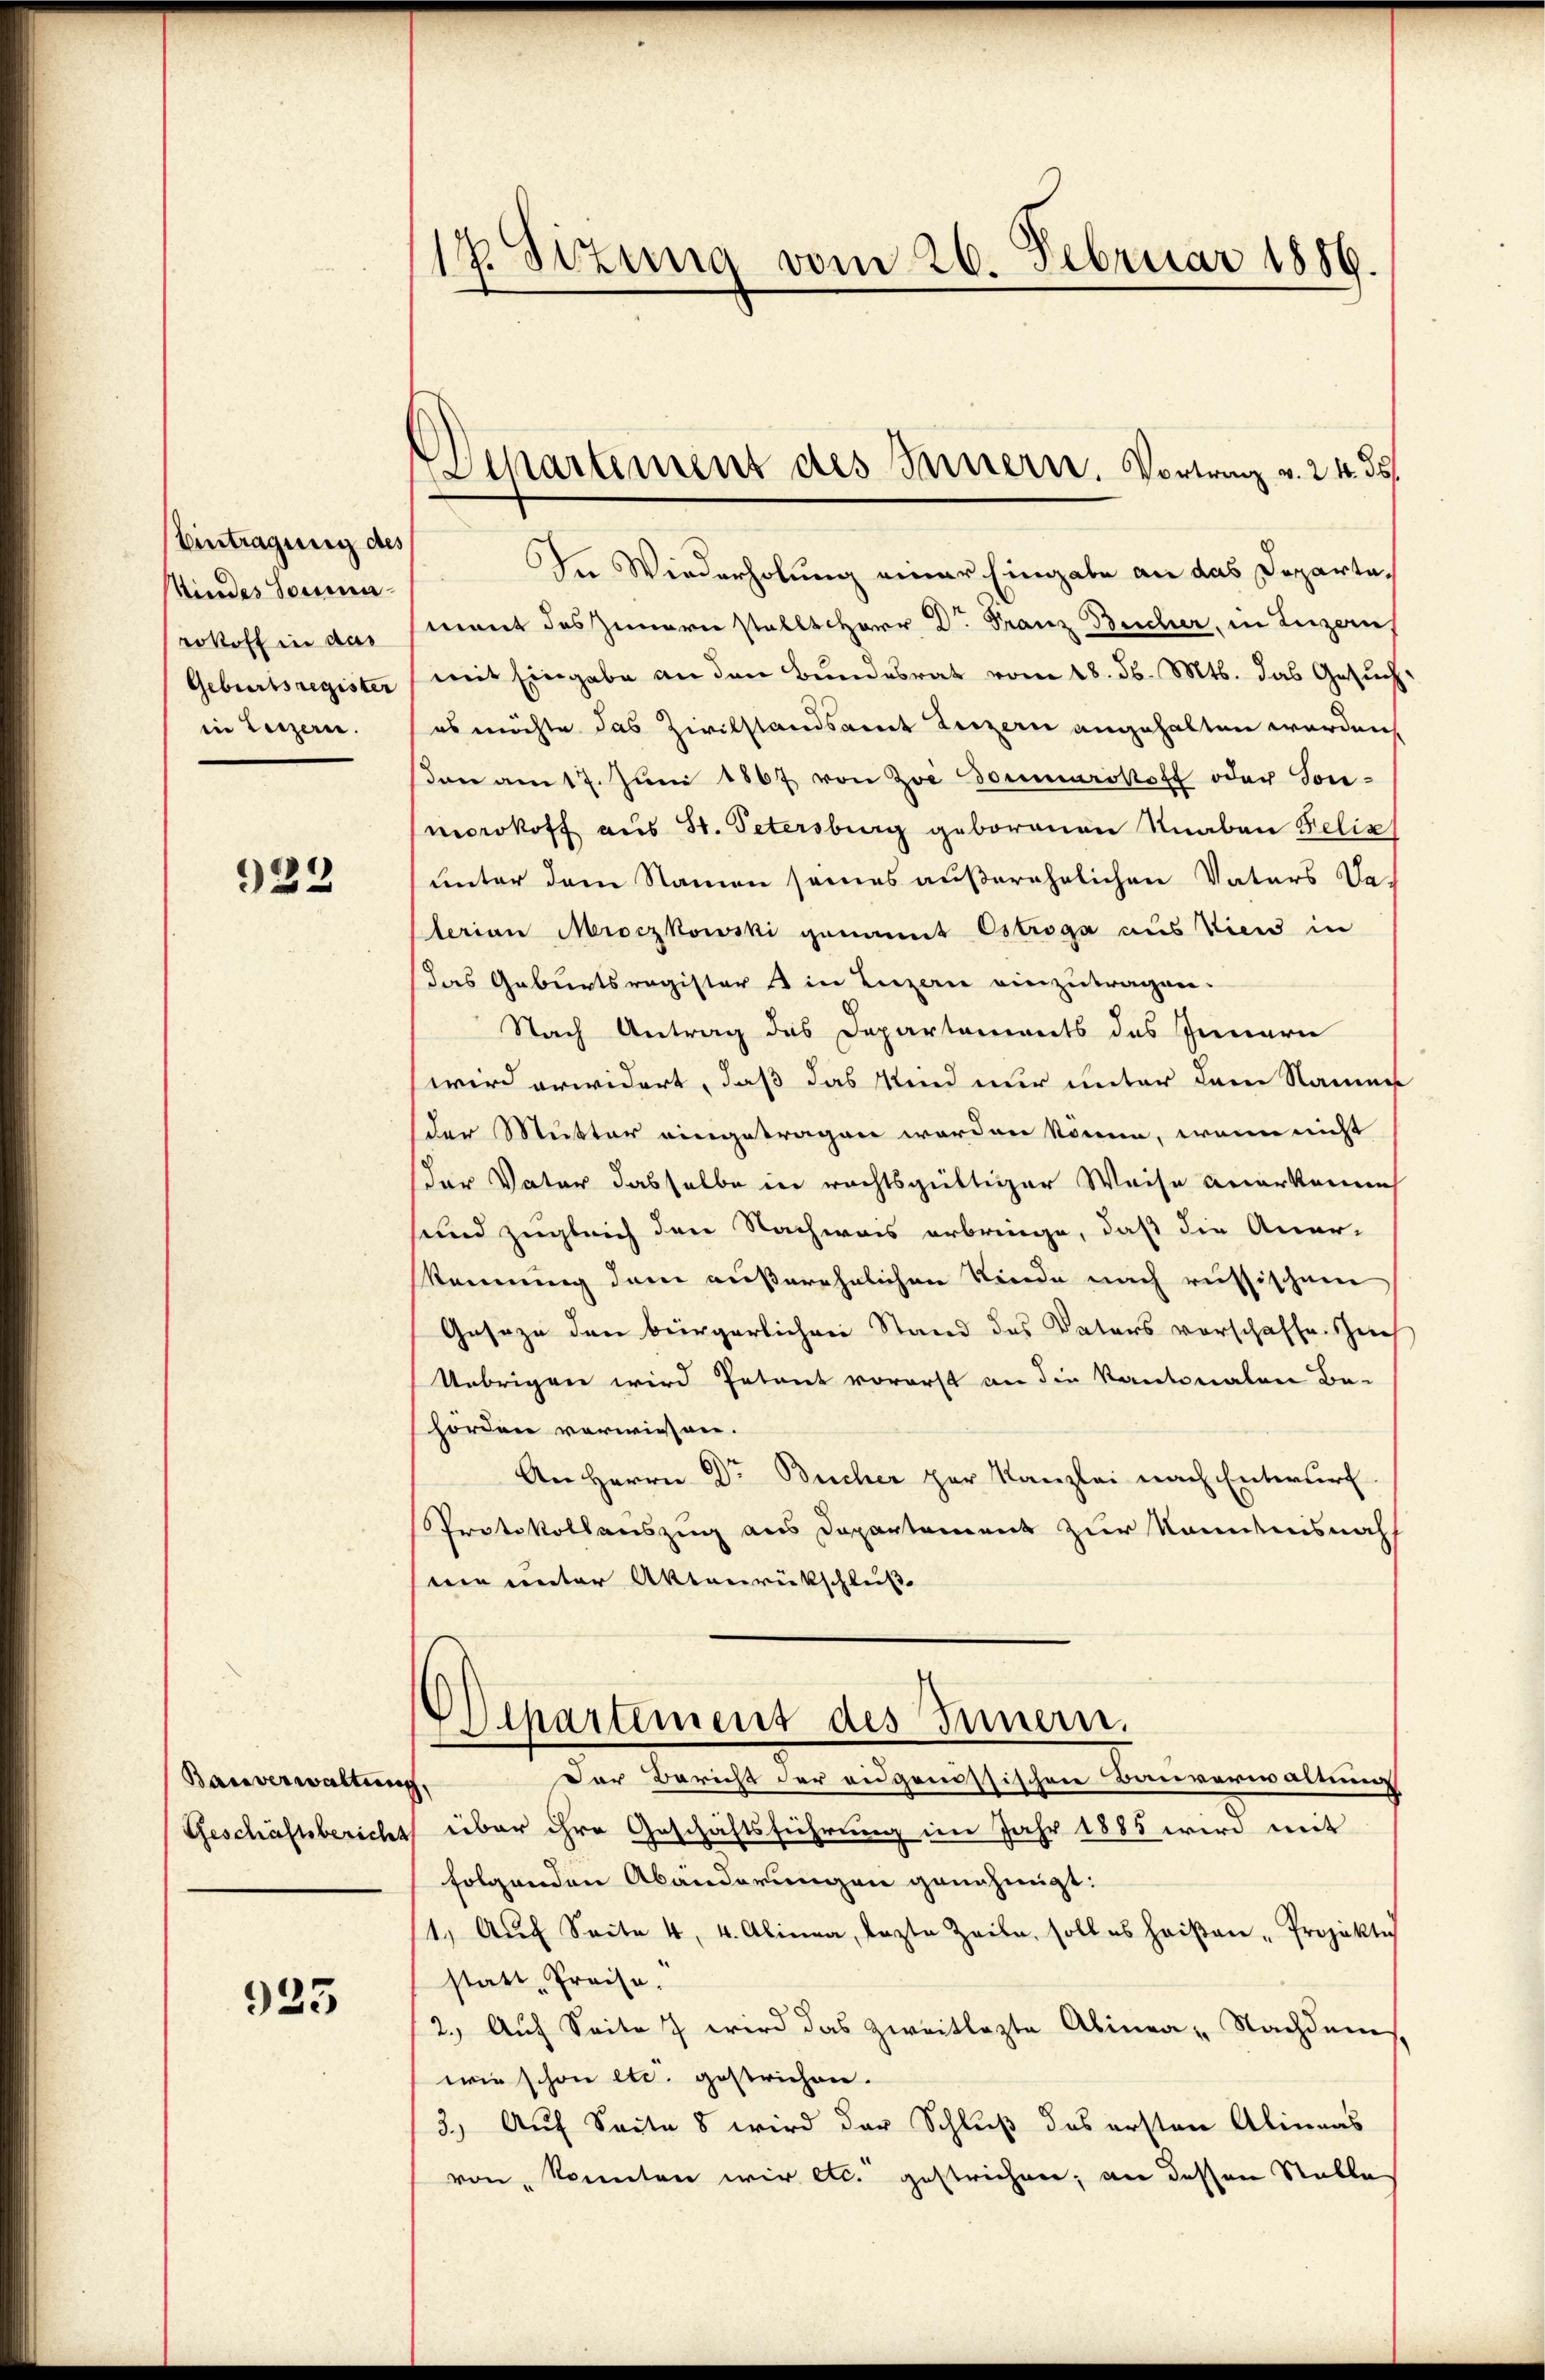
Eintragung des
Kindes Somma
rokoll in das
Geburtsregister
in Luzern.

922

Bauverwaltung
Geschäftsbericht

923

17. Sizung vom 26. Februar 1886

Departement des Innern. Vorweg v. 24. 55

In Wiederholung einer Eingabe an das Departemant des Innern stellt Herr Dr. Franz Bucher, in Luzern,
mit Eingabe an den Bundesrat vom 18. d. Mts. das Gesuches möchte das Zivilstandsamt Luzern angehalten werden,
on am 17. Jŭni 1867 von Zoe Donnerstoff oder Sonmorokoff aus St. Petersburg geborenen Knaben Felix
unter dem Namen seines außerehrlichen Vaters Da-
terian Mroczkowski genannt Estroga aus Vier in
das Geburtsregister & in Luzern einzutragen.
Nach Antrag des Departements des Innern
wird erwidert, daß das Kind nur unter dem Namen
der Mutter eingetragen worden könne, wenn nicht
der Vater dasselbe in rechtsgültiger Weise anerkenne
sund zugleich den Nachweis erbringe, daß die Anar-
kennung dem außerehelichen Kinde nach russischem
Geseze den bürgerlichen Stand des Vaters vorschaffe. Sich
Übrigen wird Petent vorerst an die Kantonalen Be-
hörden verwiesen.
An Herrn Dr Bücher zur Kanzlei nach Entwurf.
Protokollauszug aus Departement zur Kenntnisnah
sein unter Aktenrückschluß
Departement des Innern.
Der Bericht der eidgenössischen Bauverwaltung
über ihre Geschäftsführung im Jahr 1885 wird mit
folgenden Abänderungen genehmigt:
11. Aŭf Seite 4, 4. Alinea, lezte Zeile, soll es heiβen-Projektes
statt Preise.
2.) Auf Seite 7 wird das zweitlezte Alinea - Nachdem
wie schon etc. gestrichen.
3.) Auf Seite 8 wird der Schluß des ersten Alineas
von konnten wir etc. gestrichen; an dessen Stalle